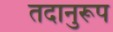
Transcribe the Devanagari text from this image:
तदानुरूप